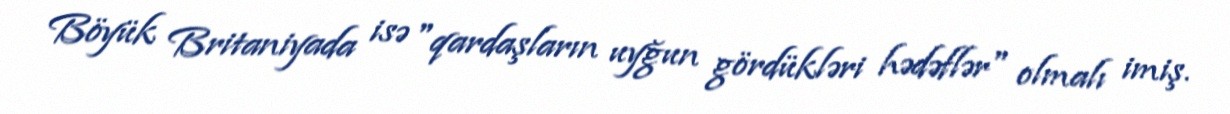
Böyük Britaniyada isə "qardaşların uyğun gördükləri hədəflər" olmalı imiş.